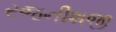
રજનીશજી